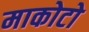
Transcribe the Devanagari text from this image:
माकोटो